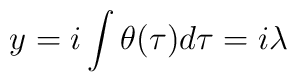
y=i\int \theta (\tau )d\tau =i\lambda